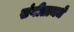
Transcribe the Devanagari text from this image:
संगीतामधे